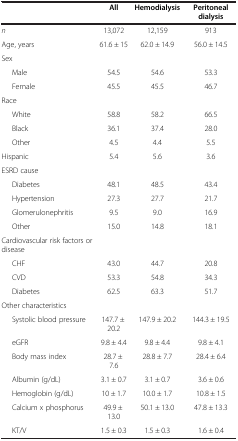
<table><thead><tr><td><b> </b></td><td><b>All</b></td><td><b>Hemodialysis</b></td><td><b>Peritoneal dialysis</b></td></tr></thead><tbody><tr><td><i>n</i></td><td>13,072</td><td>12,159</td><td>913</td></tr><tr><td>Age, years</td><td>61.6 ± 15</td><td>62.0 ± 14.9</td><td>56.0 ± 14.5</td></tr><tr><td>Sex</td><td> </td><td> </td><td> </td></tr><tr><td>Male</td><td>54.5</td><td>54.6</td><td>53.3</td></tr><tr><td>Female</td><td>45.5</td><td>45.5</td><td>46.7</td></tr><tr><td>Race</td><td> </td><td> </td><td> </td></tr><tr><td>White</td><td>58.8</td><td>58.2</td><td>66.5</td></tr><tr><td>Black</td><td>36.1</td><td>37.4</td><td>28.0</td></tr><tr><td>Other</td><td>4.5</td><td>4.4</td><td>5.5</td></tr><tr><td>Hispanic</td><td>5.4</td><td>5.6</td><td>3.6</td></tr><tr><td>ESRD cause</td><td> </td><td> </td><td> </td></tr><tr><td>Diabetes</td><td>48.1</td><td>48.5</td><td>43.4</td></tr><tr><td>Hypertension</td><td>27.3</td><td>27.7</td><td>21.7</td></tr><tr><td>Glomerulonephritis</td><td>9.5</td><td>9.0</td><td>16.9</td></tr><tr><td>Other</td><td>15.0</td><td>14.8</td><td>18.1</td></tr><tr><td>Cardiovascular risk factors or disease</td><td> </td><td> </td><td> </td></tr><tr><td>CHF</td><td>43.0</td><td>44.7</td><td>20.8</td></tr><tr><td>CVD</td><td>53.3</td><td>54.8</td><td>34.3</td></tr><tr><td>Diabetes</td><td>62.5</td><td>63.3</td><td>51.7</td></tr><tr><td>Other characteristics</td><td> </td><td> </td><td> </td></tr><tr><td>Systolic blood pressure</td><td>147.7 ± 20.2</td><td>147.9 ± 20.2</td><td>144.3 ± 19.5</td></tr><tr><td>eGFR</td><td>9.8 ± 4.4</td><td>9.8 ± 4.4</td><td>9.8 ± 4.1</td></tr><tr><td>Body mass index</td><td>28.7 ± 7.6</td><td>28.8 ± 7.7</td><td>28.4 ± 6.4</td></tr><tr><td>Albumin (g/dL)</td><td>3.1 ± 0.7</td><td>3.1 ± 0.7</td><td>3.6 ± 0.6</td></tr><tr><td>Hemoglobin (g/dL)</td><td>10 ± 1.7</td><td>10.0 ± 1.7</td><td>10.8 ± 1.5</td></tr><tr><td>Calcium x phosphorus</td><td>49.9 ± 13.0</td><td>50.1 ± 13.0</td><td>47.8 ± 13.3</td></tr><tr><td>KT/V</td><td>1.5 ± 0.3</td><td>1.5 ± 0.3</td><td>1.6 ± 0.4</td></tr></tbody></table>